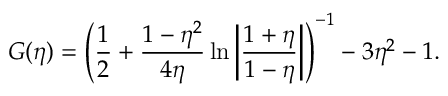
G ( \eta ) = { { \left( { \frac { 1 } { 2 } + \frac { 1 - \eta ^ { 2 } } { 4 \eta } \ln \left| { \frac { 1 + \eta } { 1 - \eta } } \right| } \right) } ^ { - 1 } } - 3 \eta ^ { 2 } - 1 .